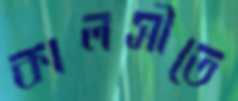
কালসীতে